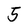
Character: 5